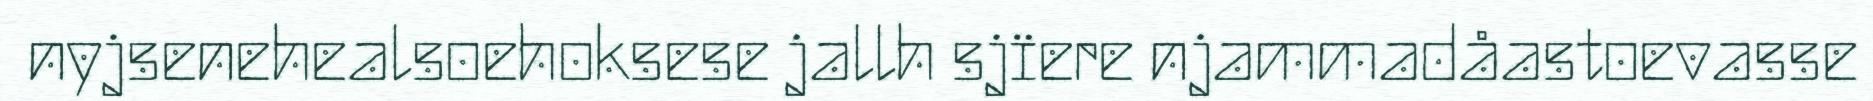
nyjsenehealsoehoksese jallh sjïere njammadåastoevasse